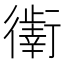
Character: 𰳯